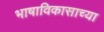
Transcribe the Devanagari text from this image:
भाषाविकासाच्या